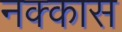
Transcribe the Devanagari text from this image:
नक्कास